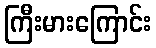
ကြီးမားကြောင်း